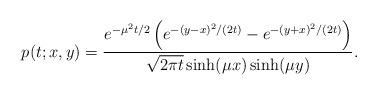
LaTeX: \begin{align*}p(t;x,y)=\frac{e^{-\mu^2t/2}\left(e^{-(y-x)^2/(2t)}-e^{-(y+x)^2/(2t)}\right)}{\sqrt{2\pi t}\sinh(\mu x) \sinh(\mu y)}.\end{align*}